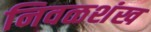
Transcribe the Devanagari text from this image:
निवळशंख